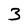
Character: 3